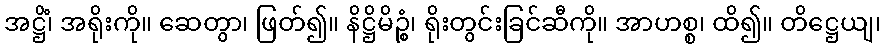
အဋ္ဌိံ၊ အရိုးကို။ ဆေတွာ၊ ဖြတ်၍။ နိဋ္ဌိမိဉ္စံ၊ ရိုးတွင်းခြင်ဆီကို။ အာဟစ္စ၊ ထိ၍။ တိဋ္ဌေယျ၊